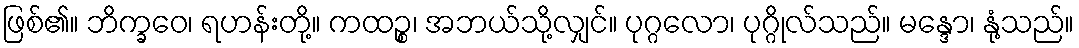
ဖြစ်၏။ ဘိက္ခဝေ၊ ရဟန်းတို့။ ကထဉ္စ၊ အဘယ်သို့လျှင်။ ပုဂ္ဂလော၊ ပုဂ္ဂိုလ်သည်။ မန္ဒော၊ နုံ့သည်။